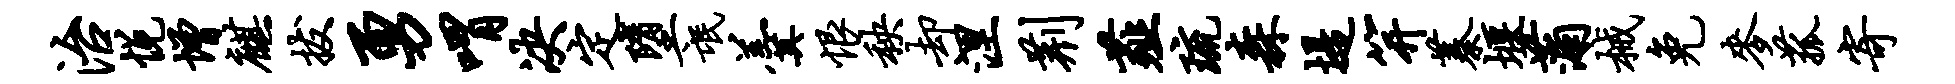
治悦增麒拔勇喟决定堕氓羹恨秧却涅荆薤琉森堤笄蓁堰蒲械免麦菰寄